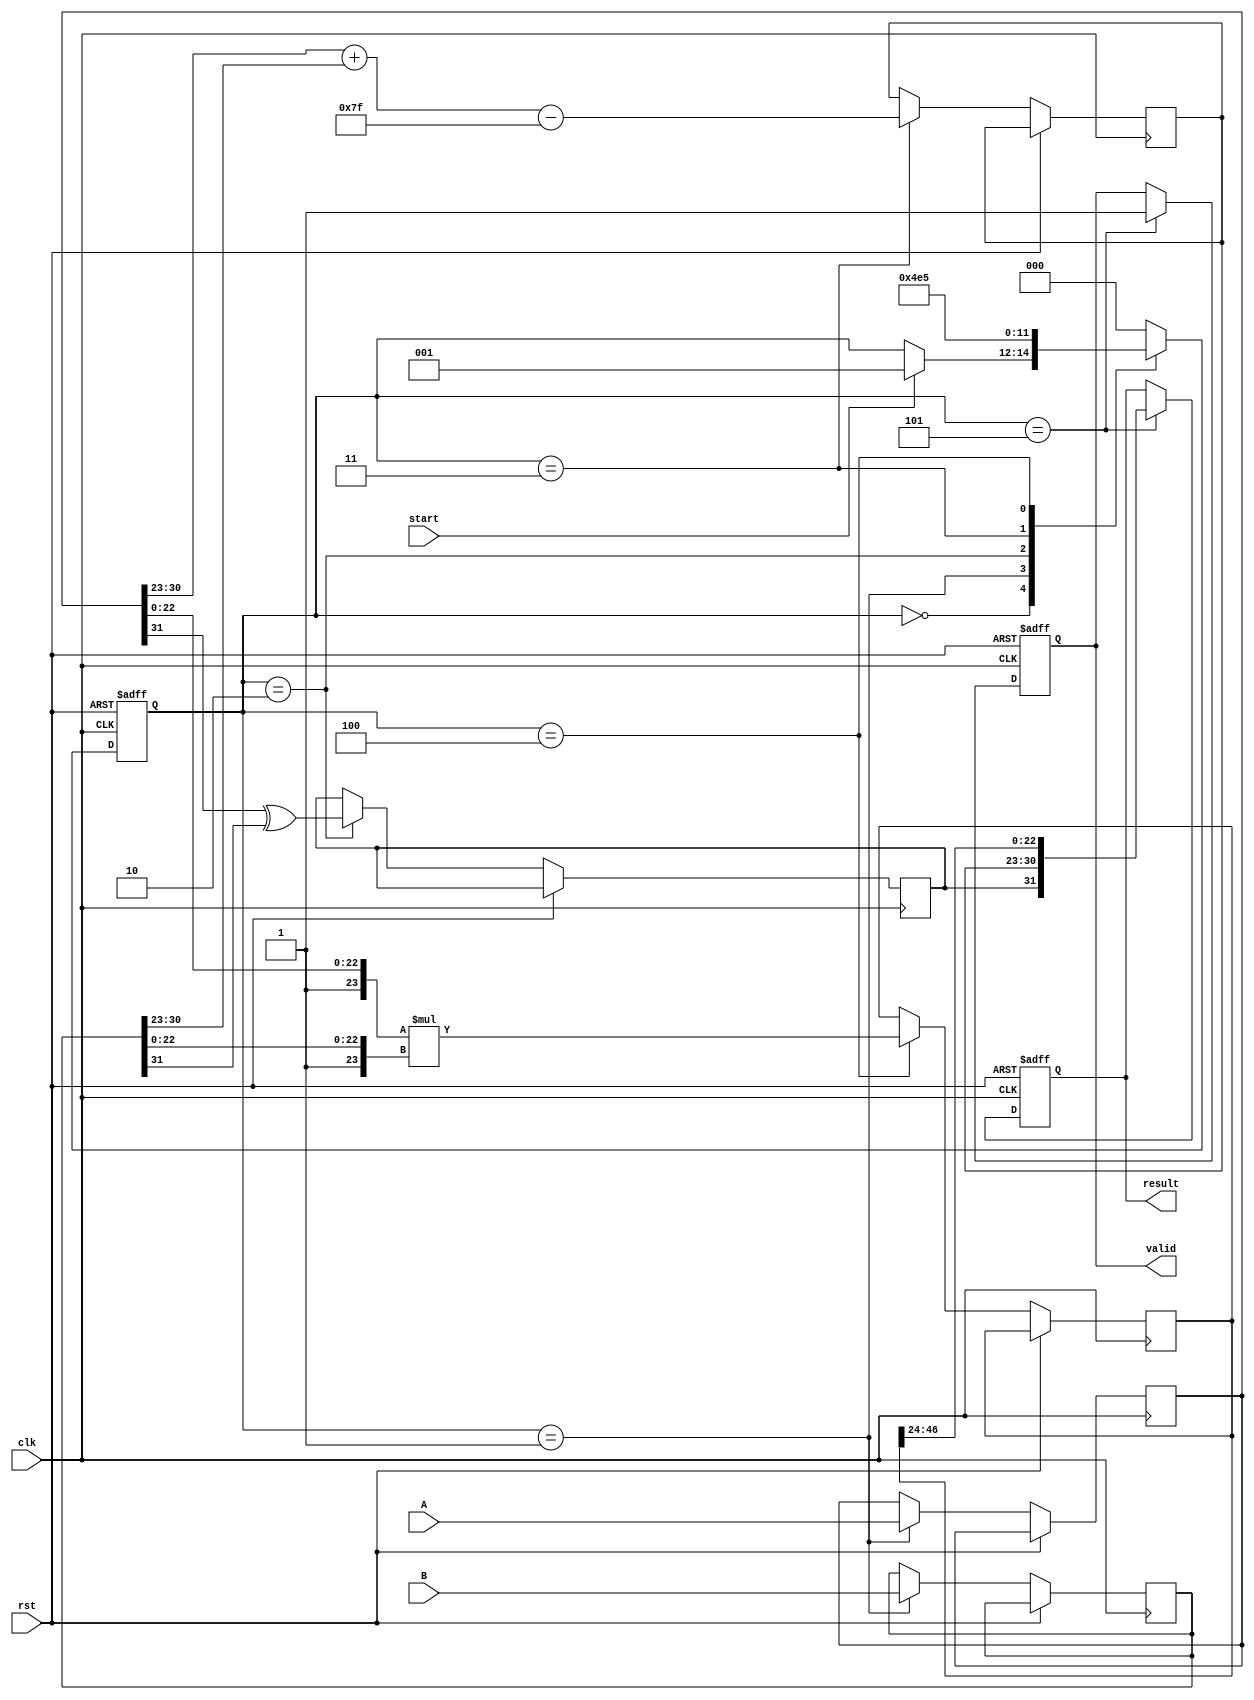
module fp_multiplier (
    input clk,
    input rst,
    input start,  // Signal to start multiplication
    input [31:0] A,  // First floating-point operand
    input [31:0] B,  // Second floating-point operand
    output reg [31:0] result, // Result of floating-point multiplication
    output reg valid // Signal indicating result is ready
);

    // Define pipeline registers
    reg [31:0] regA, regB; // Stage 1: Input Register
    reg sign;              // Stage 2: Sign Calculation
    reg [7:0] exponent;    // Stage 3: Exponent Calculation
    reg [47:0] mantissa;   // Stage 4: Mantissa Multiplication (extra bits for overflow)
    
    // Bias value for single-precision floating-point
    parameter BIAS = 8'h7F;
    
    // Pipeline state signals
    reg [2:0] state; // State machine for managing pipeline stages
    localparam IDLE = 3'b000, INPUT_REG = 3'b001, SIGN_CALC = 3'b010, 
               EXP_CALC = 3'b011, MANT_MULT = 3'b100, OUTPUT_REG = 3'b101;

    always @(posedge clk or posedge rst) begin
        if (rst) begin
            state <= IDLE;
            valid <= 0;
            result <= 32'b0;
        end else begin
            case (state)
                IDLE: begin
                    if (start) begin
                        state <= INPUT_REG;
                    end
                end
                
                INPUT_REG: begin
                    // Stage 1: Input Register
                    regA <= A;
                    regB <= B;
                    state <= SIGN_CALC;
                end
                
                SIGN_CALC: begin
                    // Stage 2: Sign Calculation
                    sign <= regA[31] ^ regB[31];
                    state <= EXP_CALC;
                end
                
                EXP_CALC: begin
                    // Stage 3: Exponent Calculation
                    exponent <= (regA[30:23] + regB[30:23]) - BIAS; // Add exponents and subtract bias
                    state <= MANT_MULT;
                end
                
                MANT_MULT: begin
                    // Stage 4: Mantissa Multiplication
                    mantissa <= {1'b1, regA[22:0]} * {1'b1, regB[22:0]}; // Multiply mantissas
                    state <= OUTPUT_REG;
                end
                
                OUTPUT_REG: begin
                    // Stage 7: Output Register
                    // TODO: Implement normalization and rounding
                    // For now, just output the sign, exponent, and mantissa without normalization
                    result <= {sign, exponent[7:0], mantissa[46:24]}; // Truncate mantissa for simplicity
                    valid <= 1;
                    state <= IDLE; // Go back to IDLE or could wait for another start signal
                end
                
                default: state <= IDLE;
            endcase
        end
    end
endmodule